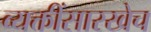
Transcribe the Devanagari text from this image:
व्यक्तींसारखेच